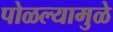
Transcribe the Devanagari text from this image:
पोळल्यामुळे